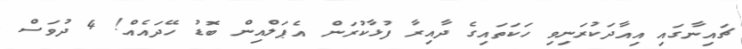
ޗައިނާގައި އިއާދަކުރަނިވި ހަކަތައިގެ ދާއިރާ ފުޅާކުރަން އެޕަލްއިން ބޮޑު ހޭދައެއް! 4 ދުވަސް